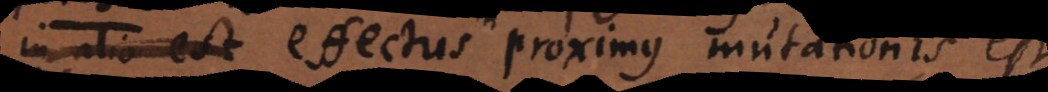
aliquis qui effectus proximus mutationis est.